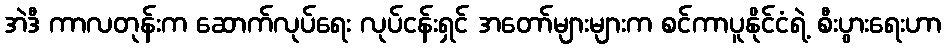
အဲဒီ ကာလတုန်းက ဆောက်လုပ်ရေး လုပ်ငန်းရှင် အတော်များများက စင်ကာပူနိုင်ငံရဲ့ စီးပွားရေးဟာ